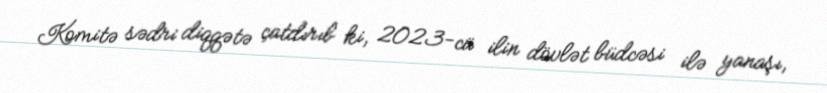
Komitə sədri diqqətə çatdırıb ki, 2023-cü ilin dövlət büdcəsi ilə yanaşı,